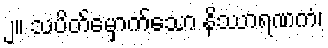
၂။ သပိတ်မှောက်သော နိဿာရဏကံ၊